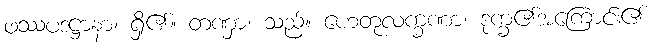
ဖဿပဒဋ္ဌာနာ၊ ရှိ၏။ တဏှာ၊ သည်။ ဟေတုလက္ခဏာ၊ ဒုက္ခ၏အကြောင်း၏